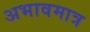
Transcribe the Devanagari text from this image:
अभावमात्र